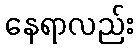
နေရာလည်း